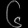
Digit: ၆